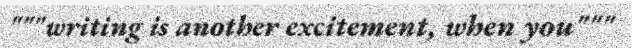
"""writing is another excitement, when you"""